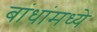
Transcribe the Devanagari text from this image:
बांधांमध्ये